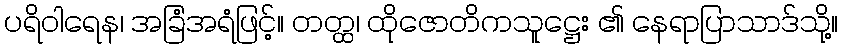
ပရိဝါရေန၊ အခြံအရံဖြင့်။ တတ္ထ၊ ထိုဇောတိကသူဋ္ဌေး ၏ နေရာပြာသာဒ်သို့။